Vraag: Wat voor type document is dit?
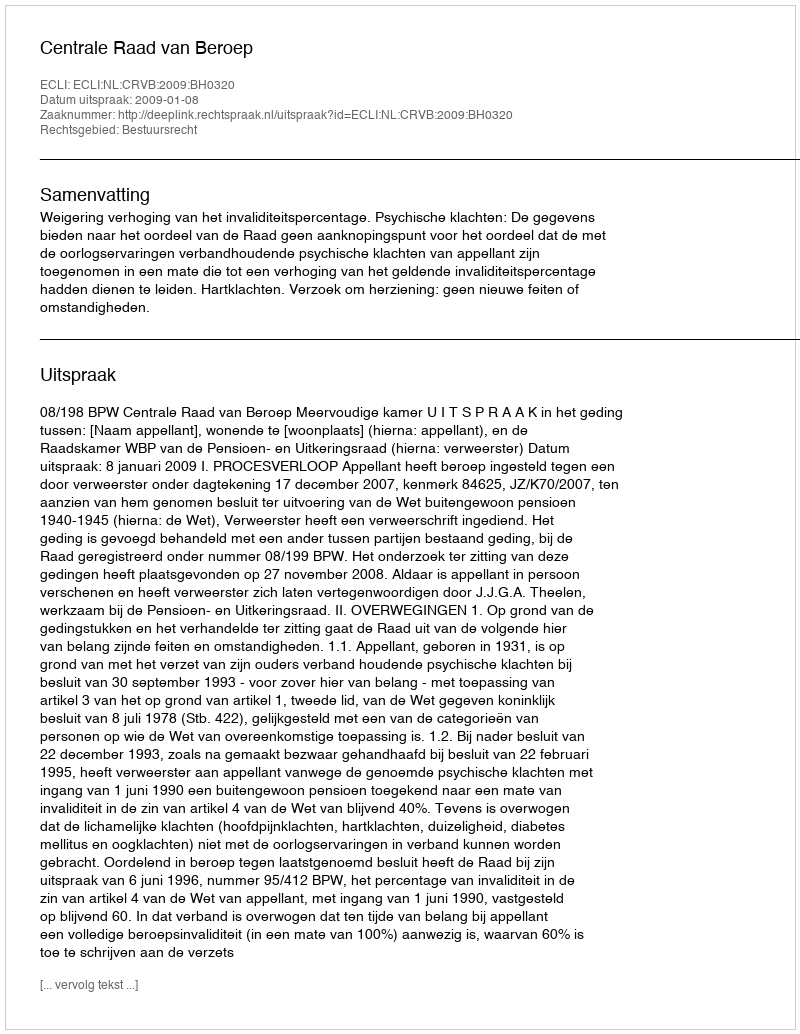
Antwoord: Uitspraak